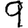
Digit: 9